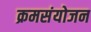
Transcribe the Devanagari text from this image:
क्रमसंयोजन